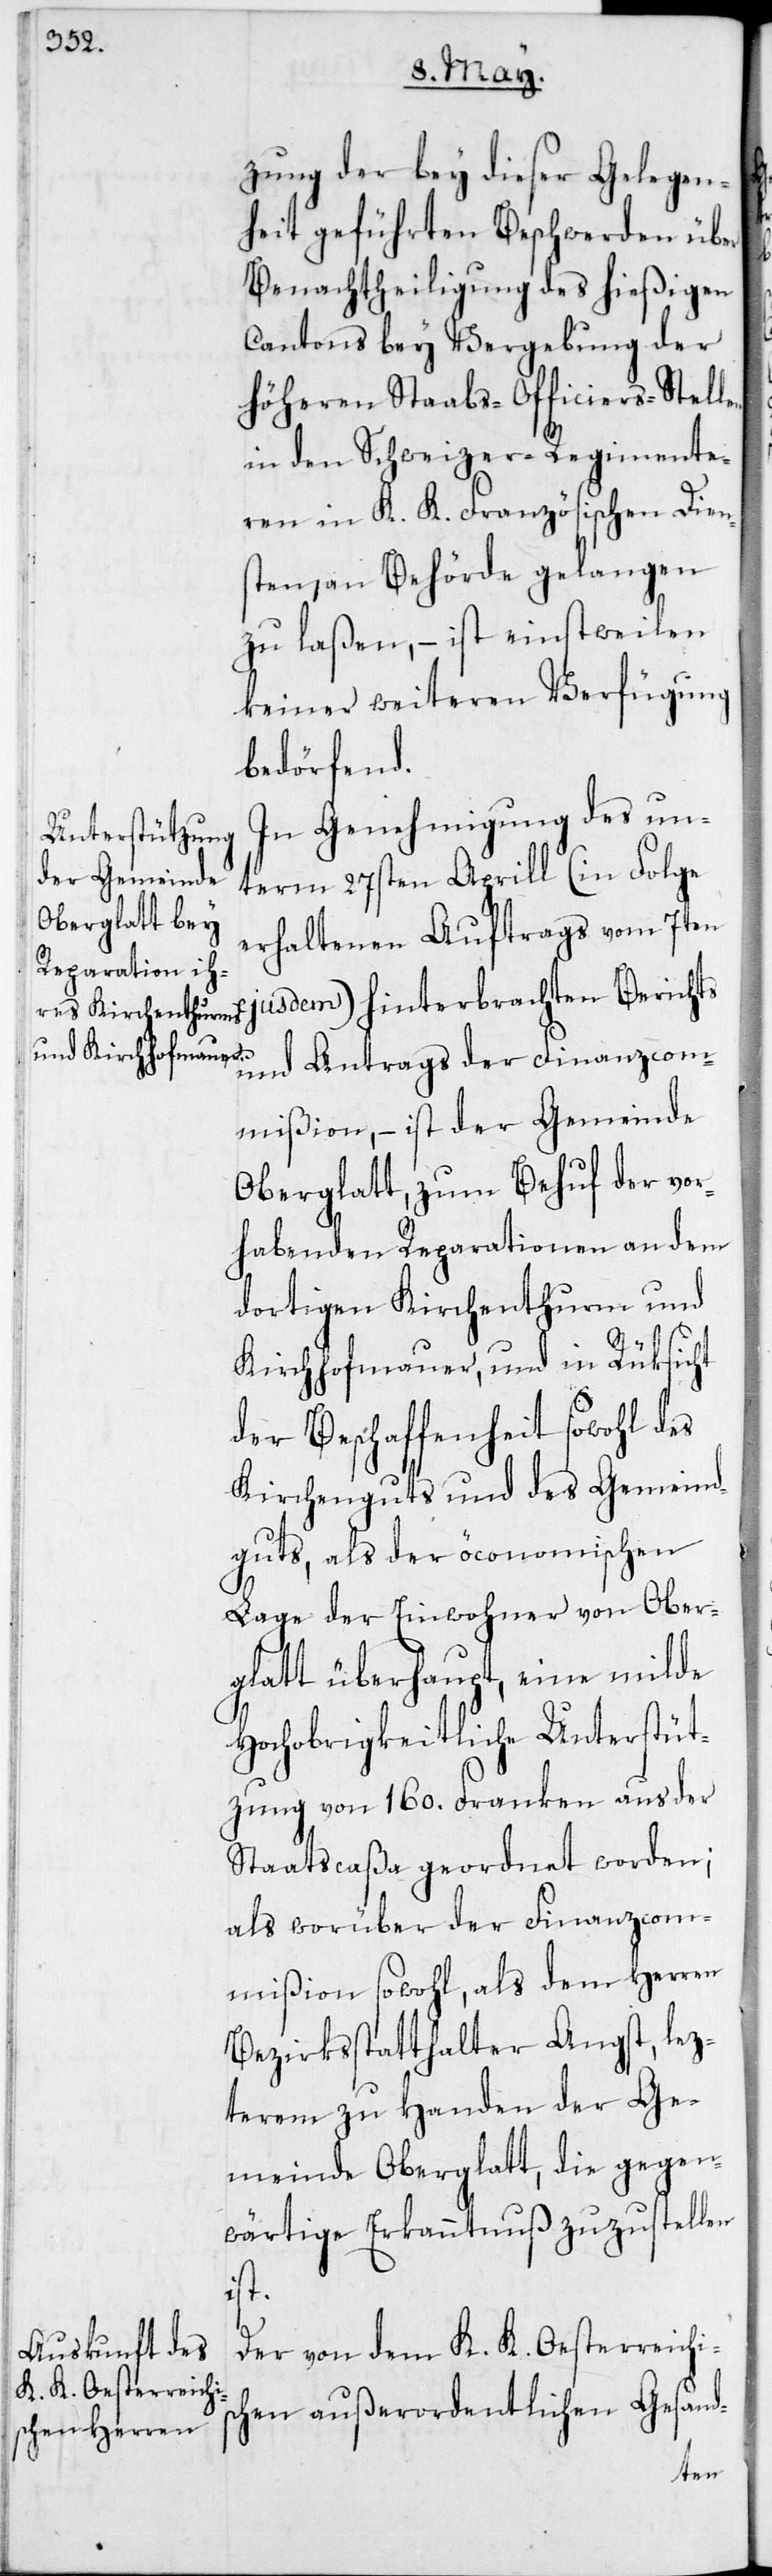
zung der bey dieser Gelegen¬
heit geführten Beschwerden über
Benachtheiligung des hießigen
Cantons bey Vergebung der
höheren Stabs-Officiers-Stell¬
in den Schweizer-Regimente¬
ren in K. K. Französischen Dien¬
sten, an Behörde gelangen
zu laßen, – ist einstweilen
keiner weiteren Verfügung
bedörfend.
In Genehmigung des un¬
term 27sten Aprill (in Folge
erhaltenen Auftrags vom 7ten
ejusdem) hinterbrachten Berichts
und Antrags der Finanzcom¬
mißion, – ist der Gemeinde
Oberglatt zum Behuf der vor¬
habenden Reparationen an dem
dortigen Kirchenthurm und
Kirchhofmauer, und in Rüksicht
der Beschaffenheit sowohl des
Kirchenguts und des Gemeind¬
guts, als der öconomischen
Lage der Einwohner von Ober¬
glatt überhaupt, eine milde
Hochobrigkeitliche Unterstüt¬
zung von 160. Franken aus der
Staatscaßa geordnet worden;
als worüber der Finanzcom¬
mißion sowohl, als dem Herren
Bezirksstatthalter Angst, lez¬
terem zu Handen der Ge¬
meinde Oberglatt, die gegen¬
wärtige Erkanntnuß zuzustellen
ist.
Der von dem K. K. Oesterreichis¬
chen außerordentlichen Gesand-
en